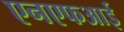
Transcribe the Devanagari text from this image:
एनएफआई